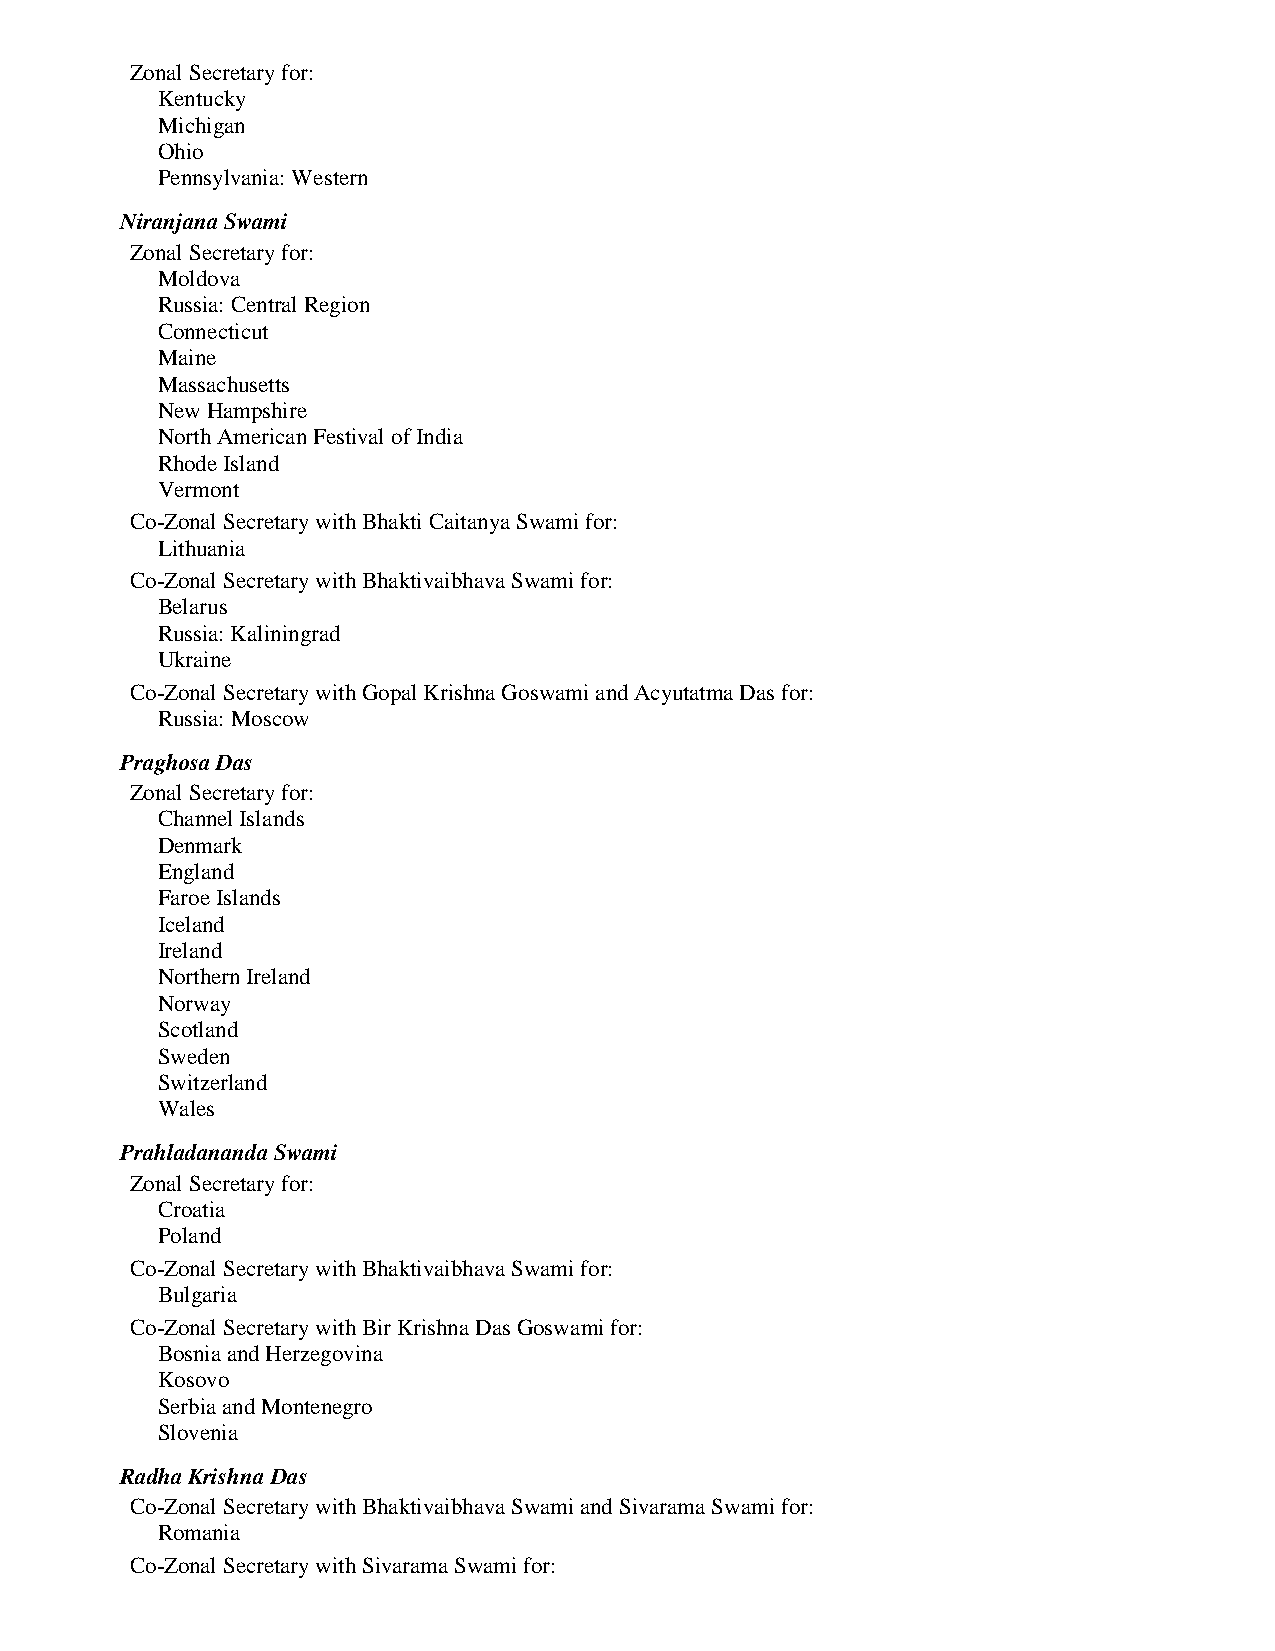
Zonal Secretary for:
 Kentucky
 Michigan
 Ohio
 Pennsylvania: Western
 Niranjana Swami
 Zonal Secretary for:
 Moldova
 Russia: Central Region
 Connecticut
 Maine
 Massachusetts
 New Hampshire
 North American Festival of India
 Rhode Island
 Vermont
 Co-Zonal Secretary with Bhakti Caitanya Swami for:
 Lithuania
 Co-Zonal Secretary with Bhaktivaibhava Swami for:
 Belarus
 Russia: Kaliningrad
 Ukraine
 Co-Zonal Secretary with Gopal Krishna Goswami and Acyutatma Das for:
 Russia: Moscow
 Praghosa Das
 Zonal Secretary for:
 Channel Islands
 Denmark
 England
 Faroe Islands
 Iceland
 Ireland
 Northern Ireland
 Norway
 Scotland
 Sweden
 Switzerland
 Wales
 Prahladananda Swami
 Zonal Secretary for:
 Croatia
 Poland
 Co-Zonal Secretary with Bhaktivaibhava Swami for:
 Bulgaria
 Co-Zonal Secretary with Bir Krishna Das Goswami for:
 Bosnia and Herzegovina
 Kosovo
 Serbia and Montenegro
 Slovenia
 Radha Krishna Das
 Co-Zonal Secretary with Bhaktivaibhava Swami and Sivarama Swami for:
 Romania
 Co-Zonal Secretary with Sivarama Swami for: